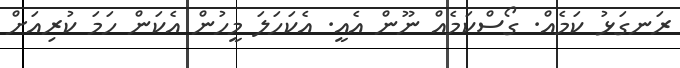
ރަނގަޅު ކަމެއް. ގޯސްކަމެއް ނޫން އެއީ. އެކަހަލަ މީހުން އެކަން ހަމަ ކުރިއަށް